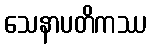
သေနာပတိကဿ